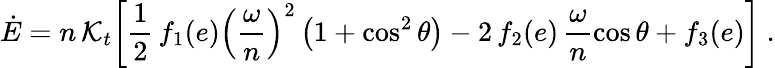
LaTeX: \dot{E}=n\, {\cal K}_{t}\bigg[\frac 12\, f_{1}(e)\left(\frac{\omega}{n}\right)^{2}\left(1+\cos^{2}\theta\right)-2\, f_{2}(e)\, \frac{\omega}{n}\cos\theta+f_{3}(e)\bigg]\ .